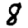
Digit: 8